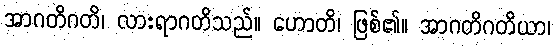
အာဂတိဂတိ၊ လားရာဂတိသည်။ ဟောတိ၊ ဖြစ်၏။ အာဂတိဂတိယာ၊